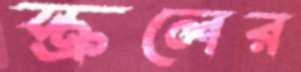
স্ক্রলের